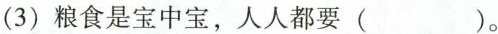
(3)粮食是宝中宝，人人都要( )。